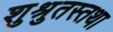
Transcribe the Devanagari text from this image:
शुश्रुतस्तथा